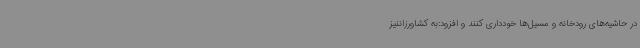
در حاشیه‌های رودخانه و مسیل‌ها خودداری کنند و افزود:به ‌کشاورزاننیز